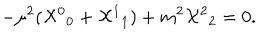
- \mu ^ { 2 } ( { { \cal X } ^ { 0 } } _ { 0 } + { { \cal X } ^ { 1 } } _ { 1 } ) + m ^ { 2 } { { \cal X } ^ { 2 } } _ { 2 } = 0 .